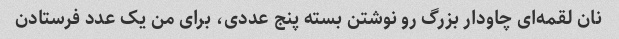
نان لقمه‌ای چاودار بزرگ رو نوشتن بسته پنج عددی، برای من یک عدد فرستادن